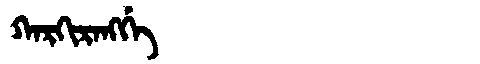
Manchu: ᡴᠠᡵᡴᡳᡵᠠᠩᡤᡝ
Romanization: KARKIRANGGE